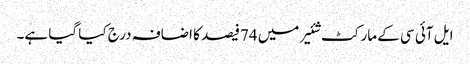
ایل آئی سی کے مارکٹ شئیر میں 74فیصد کا اضافہ درج کیا گیا ہے۔